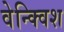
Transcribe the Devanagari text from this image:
वेन्क्विश